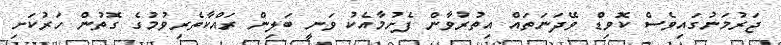
ޖަރުމަނުގައިވެސް ކޮވިޑް ވޭދަނަތައް އިތުރުވާން ފެށުމާއެކު ވަނީ ބަލިން ރައްކާތެރިވުމުގެ ގޮތުން ހަރުކަށި